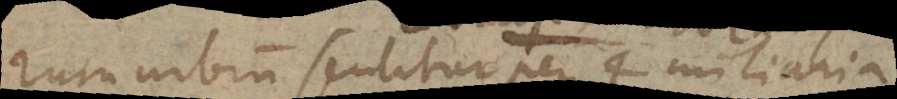
rum urbium sentitur per 4 miliaria